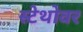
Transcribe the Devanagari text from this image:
स्टेथोवर